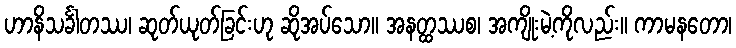
ဟာနိသင်္ခါတဿ၊ ဆုတ်ယုတ်ခြင်းဟု ဆိုအပ်သော။ အနတ္ထဿစ၊ အကျိုးမဲ့ကိုလည်း။ ကာမနတော၊